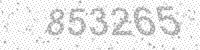
Solution: 853265